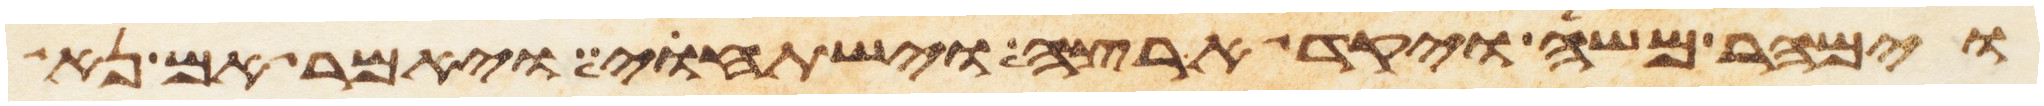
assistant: וימהר משה ויקד ארצה וישתחוי ויאמר אם נא